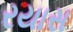
રયાસ